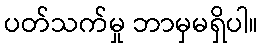
ပတ်သက်မှု ဘာမှမရှိပါ။